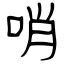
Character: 哨